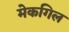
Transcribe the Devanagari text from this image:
मेकगिल